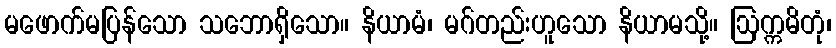
မဖောက်မပြန်သော သဘောရှိသော။ နိယာမံ၊ မဂ်တည်းဟူသော နိယာမသို့။ ဩက္ကမိတုံ၊